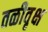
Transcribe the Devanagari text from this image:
तळीवृक्ष